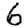
Digit: 6